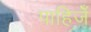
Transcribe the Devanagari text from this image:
पाहिजेँ